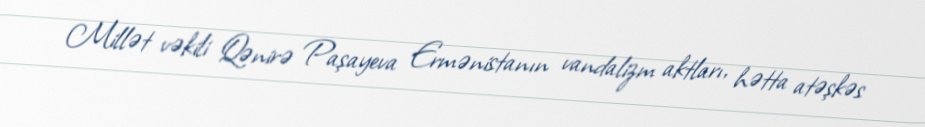
Millət vəkili Qənirə Paşayeva Ermənistanın vandalizm aktları, hətta atəşkəs